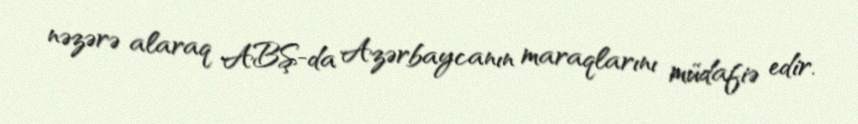
nəzərə alaraq ABŞ-da Azərbaycanın maraqlarını müdafiə edir.